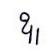
ឩ